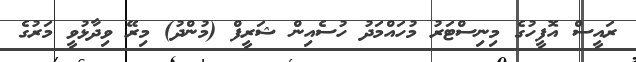
ރައީސް އޮފީހުގެ މިނިސްޓަރު މުހައްމަދު ހުސެއިން ޝަރީފް (މުންދު) މިރޭ ވިދާޅުވީ މަރުގެ